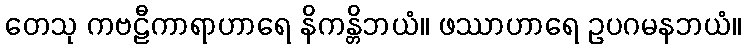
တေသု ကဗဠီကာရာဟာရေ နိကန္တိဘယံ။ ဖဿာဟာရေ ဥပဂမနဘယံ။